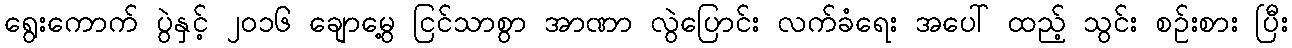
ရွေးကောက် ပွဲနှင့် ၂၀၁၆ ချောမွေ့ ငြင်သာစွာ အာဏာ လွဲပြောင်း လက်ခံရေး အပေါ် ထည့် သွင်း စဉ်းစား ပြီး